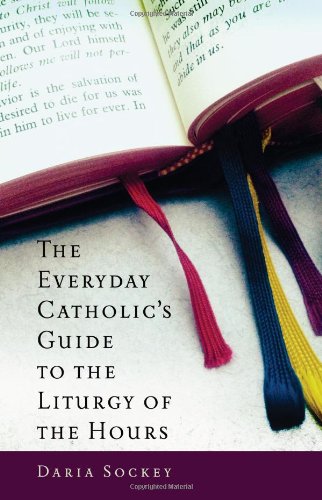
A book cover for The Everyday Catholic's Guide to the Liturgy of the Hours; Daria Sockey; Religion & Spirituality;